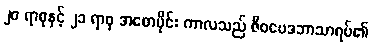
၂၀ ရာစုနှင့် ၂၁ ရာစု အစောပိုင်း ကာလသည် ဇီဝဗေဒဘာသာရပ်၏